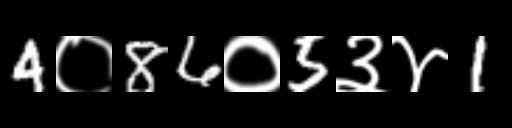
Text: 4०86०5३४1